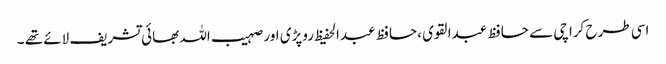
اسی طرح کراچی سے حافظ عبدالقوی ،حافظ عبدالحفیظ روپڑی اور صہیب اللہ بھائی تشریف لائے تھے ۔